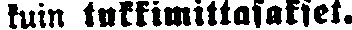
kuin tukkimittasakset.